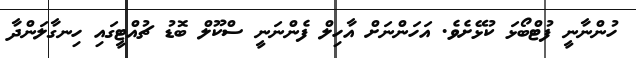
ހުންނާނީ ފުޓްބޯޅަ ކުޅޭށެވެ. އަހަންނަށް އާހިލް ފެންނަނީ ސްކޫލް ބޮޑު ޗުއްޓީގައި ހިނގާލަންދާ